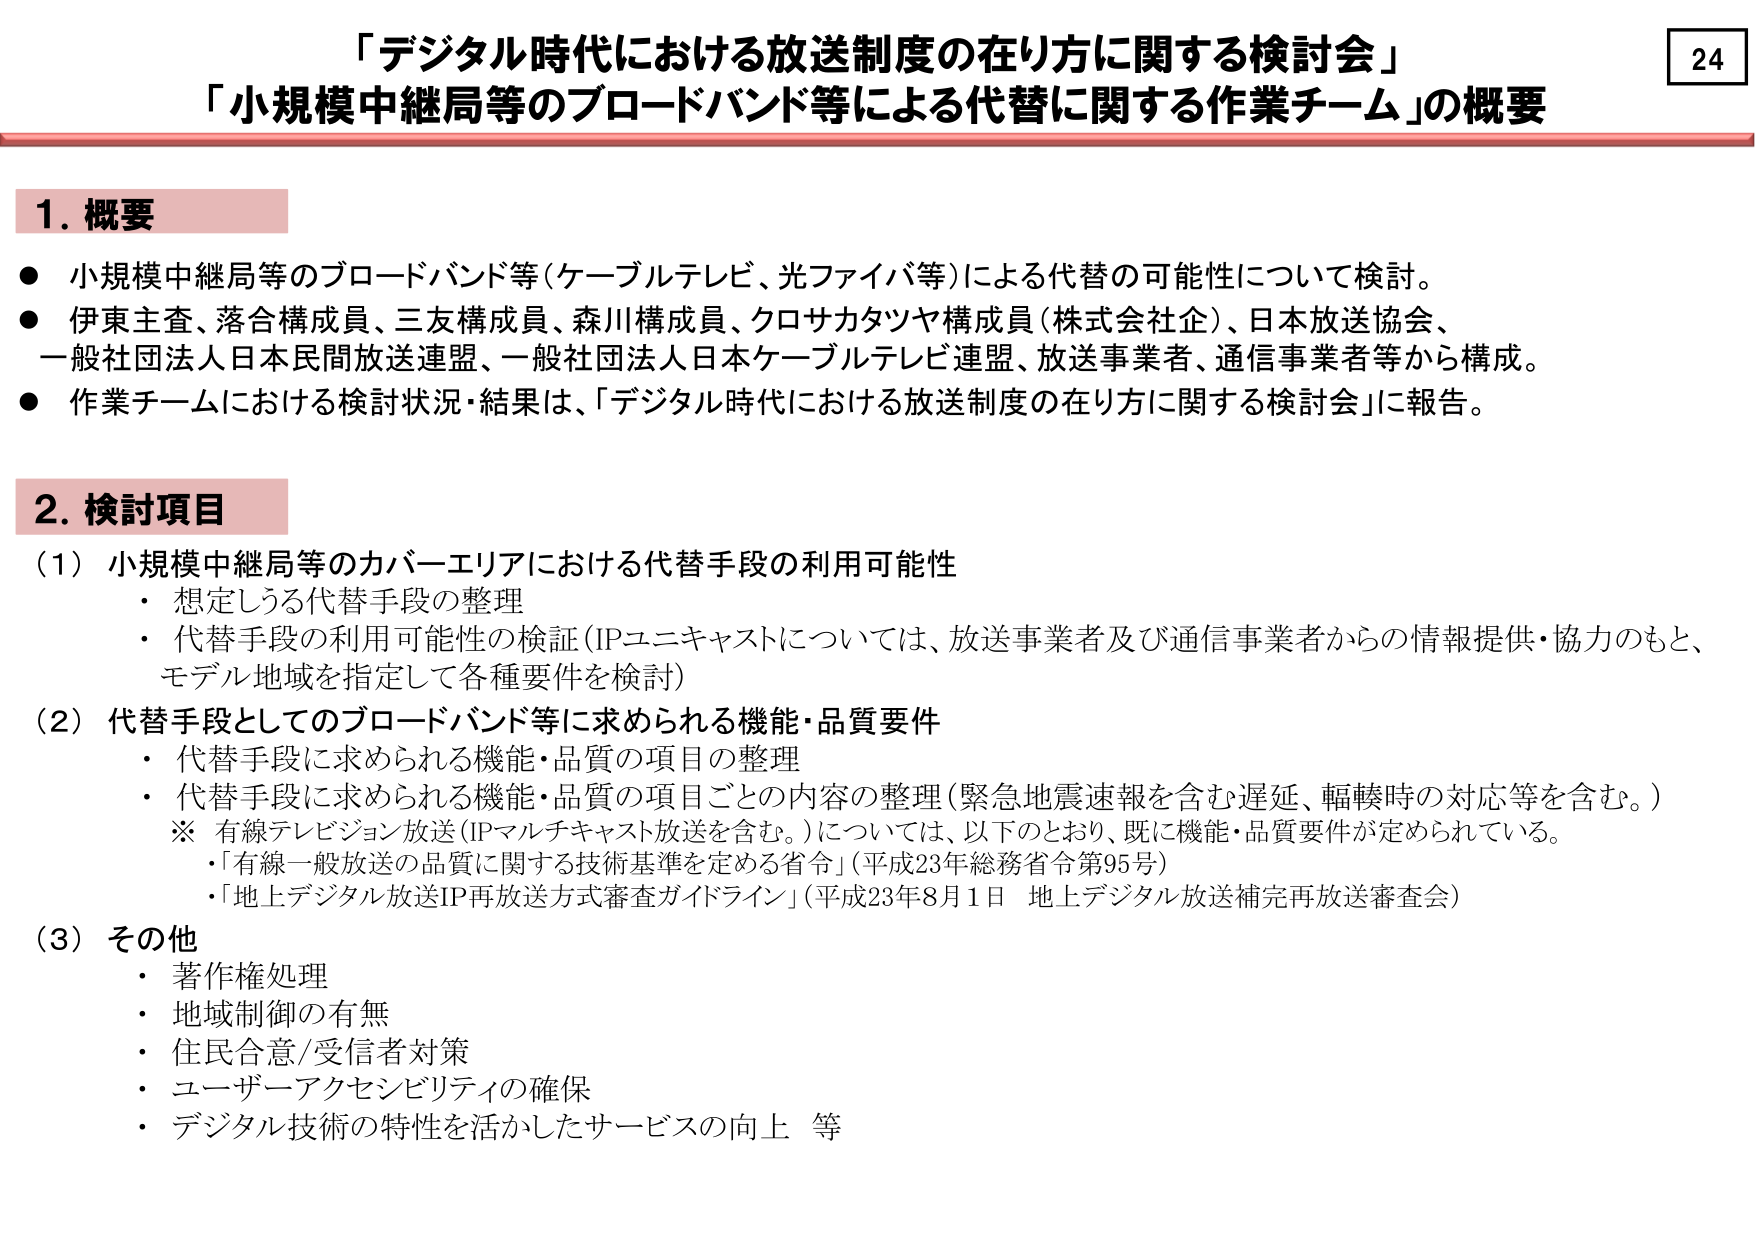
「デジタル時代における放送制度の在り方に関する検討会」
「小規模中継局等のブロードバンド等による代替に関する作業チーム」の概要

24

1. 概要
● 小規模中継局等のブロードバンド等（ケーブルテレビ、光ファイバ等）による代替の可能性について検討。
● 伊東主査、落合構成員、三友構成員、森川構成員、クロサカタツヤ構成員（株式会社企）、日本放送協会、一般社団法人日本民間放送連盟、一般社団法人日本ケーブルテレビ連盟、放送事業者、通信事業者等から構成。
● 作業チームにおける検討状況・結果は、「デジタル時代における放送制度の在り方に関する検討会」に報告。

2. 検討項目
（1）小規模中継局等のカバーエリアにおける代替手段の利用可能性
・ 想定しうる代替手段の整理
・ 代替手段の利用可能性の検証（IPユニキャストについては、放送事業者及び通信事業者からの情報提供・協力のもと、モデル地域を指定して各種要件を検討）

（2）代替手段としてのブロードバンド等に求められる機能・品質要件
・ 代替手段に求められる機能・品質の項目の整理
・ 代替手段に求められる機能・品質の項目ごとの内容の整理（緊急地震速報を含む遅延、輻輳時の対応等を含む。）
※ 有線テレビジョン放送（IPマルチキャスト放送を含む。）については、以下のとおり、既に機能・品質要件が定められている。
・「有線一般放送の品質に関する技術基準を定める省令」（平成23年総務省令第95号）
・「地上デジタル放送IP再放送方式審査ガイドライン」（平成23年8月1日 地上デジタル放送補完再放送審査会）

（3）その他
・ 著作権処理
・ 地域制御の有無
・ 住民合意/受信者対策
・ ユーザーアクセシビリティの確保
・ デジタル技術の特性を活かしたサービスの向上 等